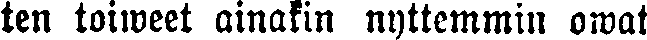
ten toiweet ainakin nyttemmin owat